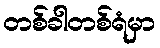
တစ်ခါတစ်ရံမှာ